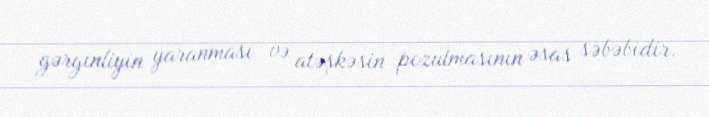
gərginliyin yaranması və atəşkəsin pozulmasının əsas səbəbidir.